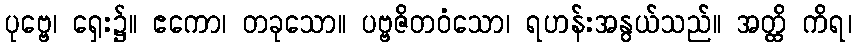
ပုဗ္ဗေ၊ ရှေး၌။ ဧကော၊ တခုသော။ ပဗ္ဗဇိတဝံသော၊ ရဟန်းအနွယ်သည်။ အတ္ထိ ကိရ၊